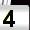
Digit: 4